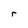
Character: r